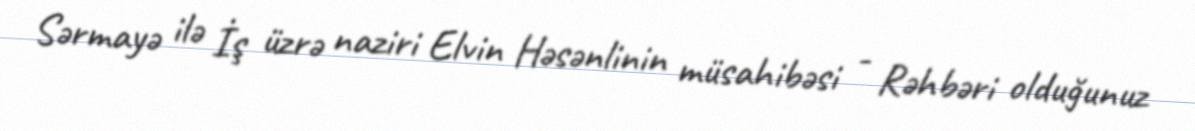
Sərmayə ilə İş üzrə naziri Elvin Həsənlinin müsahibəsi - Rəhbəri olduğunuz